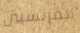
الفرنسيين